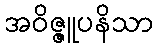
အဝိဇ္ဇူပနိသာ